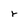
Character: r